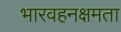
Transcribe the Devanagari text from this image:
भारवहनक्षमता